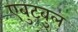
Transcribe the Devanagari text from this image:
एबुटबुल